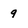
Character: 9